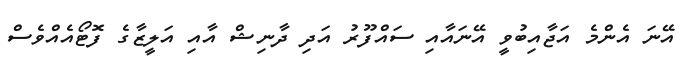
އޭނަ އެންމެ އަޖާއިބުވީ އޭނައާއި ސައްފޫރު އަދި ދާނިޝް އާއި އަލީޒާގެ ފޮޓޯއެއްވެސް